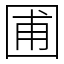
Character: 圃